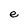
Character: e